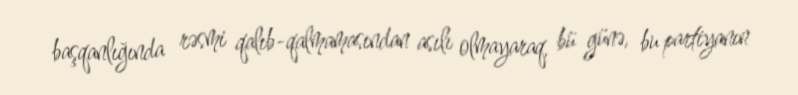
başqanlığında rəsmi qalıb-qalmamasından asılı olmayaraq, bü günə, bu partiyanın